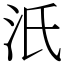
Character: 汦